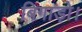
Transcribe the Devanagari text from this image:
बिगाड़ो।